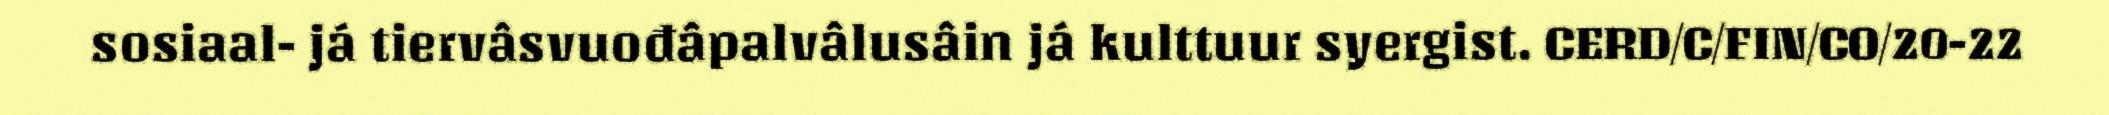
sosiaal- já tiervâsvuođâpalvâlusâin já kulttuur syergist. CERD/C/FIN/CO/20-22